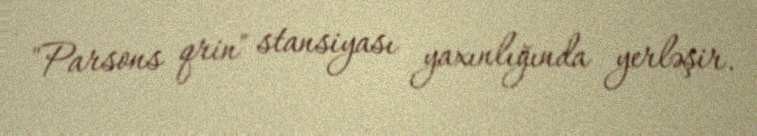
"Parsons qrin" stansiyası yaxınlığında yerləşir.